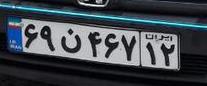
۶۹ن۴۶۷۱۲